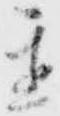
置